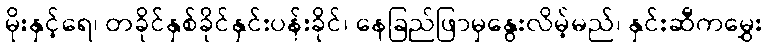
မိုးနှင့်ရေ၊ တခိုင်နှစ်ခိုင်နှင်းပန်းခိုင်၊ နေခြည်ဖြာမှနွေးလိမ့်မည်၊ နှင်းဆီကမွှေး